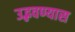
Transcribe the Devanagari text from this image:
उद्भवण्यास